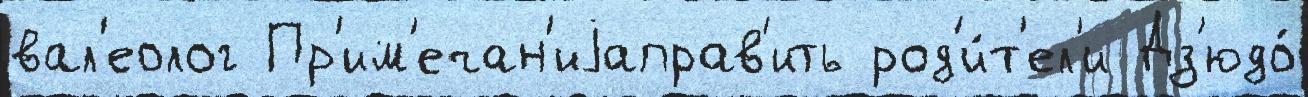
вал'еолог Пр'им'ечан'иjаправ'ить род'и́т'ел'и Дз'юдо́